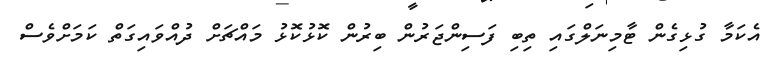
އެކަމާ ގުޅިގެން ޓާމިނަލްގައި ތިބި ފަސިންޖަރުން ބިރުން ކޮޅުކޮޅު މައްޗަށް ދުއްވައިގަތް ކަމަށްވެސް